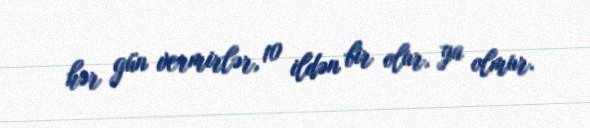
hər gün vermirlər, 10 ildən bir olur, ya olmur.